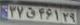
۳۷ق۴۶۱۲۹